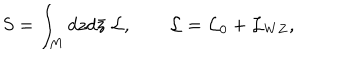
LaTeX: S = \int _ { M } d z d \bar { z } ~ { \mathcal L } , ~ ~ { \mathcal L } = { \mathcal L } _ { 0 } + { \mathcal L } _ { W Z } ,